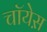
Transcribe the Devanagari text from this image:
चॉयेस़